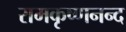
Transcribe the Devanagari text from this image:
रामकृष्णनन्द